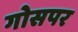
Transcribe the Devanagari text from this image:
गोसपर